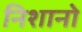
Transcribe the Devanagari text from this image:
निशानो